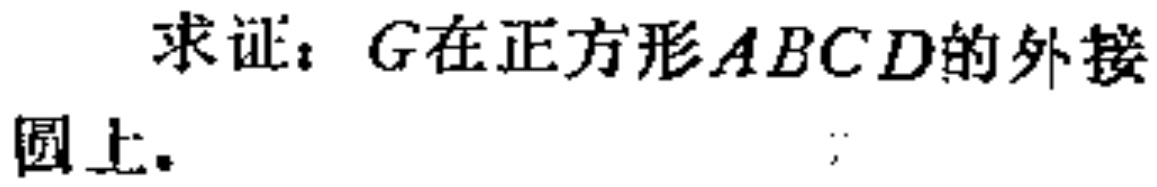
求证：\(G\)在正方形\(ABCD\)的外接圆上。